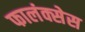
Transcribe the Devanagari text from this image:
फालंक्सेस